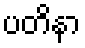
ပတိနာ